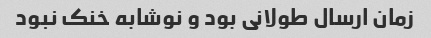
زمان ارسال طولانی بود و نوشابه خنک نبود